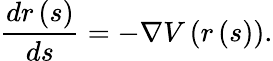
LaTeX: \frac{dr\left(s\right)}{ds}=-\nabla V\left(r\left(s\right)\right).